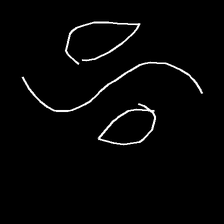
Glyph: water